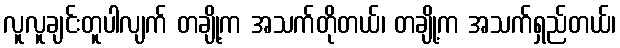
လူလူချင်းတူပါလျက် တချို့က အသက်တိုတယ်၊ တချို့က အသက်ရှည်တယ်၊